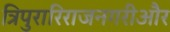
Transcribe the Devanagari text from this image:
त्रिपुरारिराजनगरीऔर